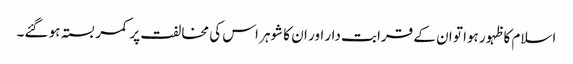
اسلام کا ظہور ہوا تو ان کے قرابت دار اور ان کا شوہر اس کی مخالفت پر کمر بستہ ہو گئے۔